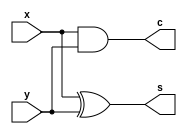
`timescale 1ns / 1ps
//////////////////////////////////////////////////////////////////////////////////
// Company: 
// Engineer: 
// 
// Design Name: 
// Module Name: h_adder
// Project Name: 
// Target Devices: 
// Tool Versions: 
// Description: 
// 
// Dependencies: 
// 
// Revision:
// Revision 0.01 - File Created
// Additional Comments:
// 
//////////////////////////////////////////////////////////////////////////////////


module h_adder(x, y, s, c);
input x, y;
output s, c;
assign s = x ^ y;
assign c = x & y;
endmodule